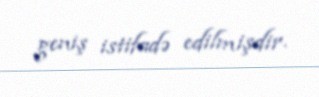
geniş istifadə edilmişdir.